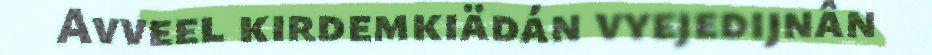
Avveel kirdemkiädán vyejedijnân